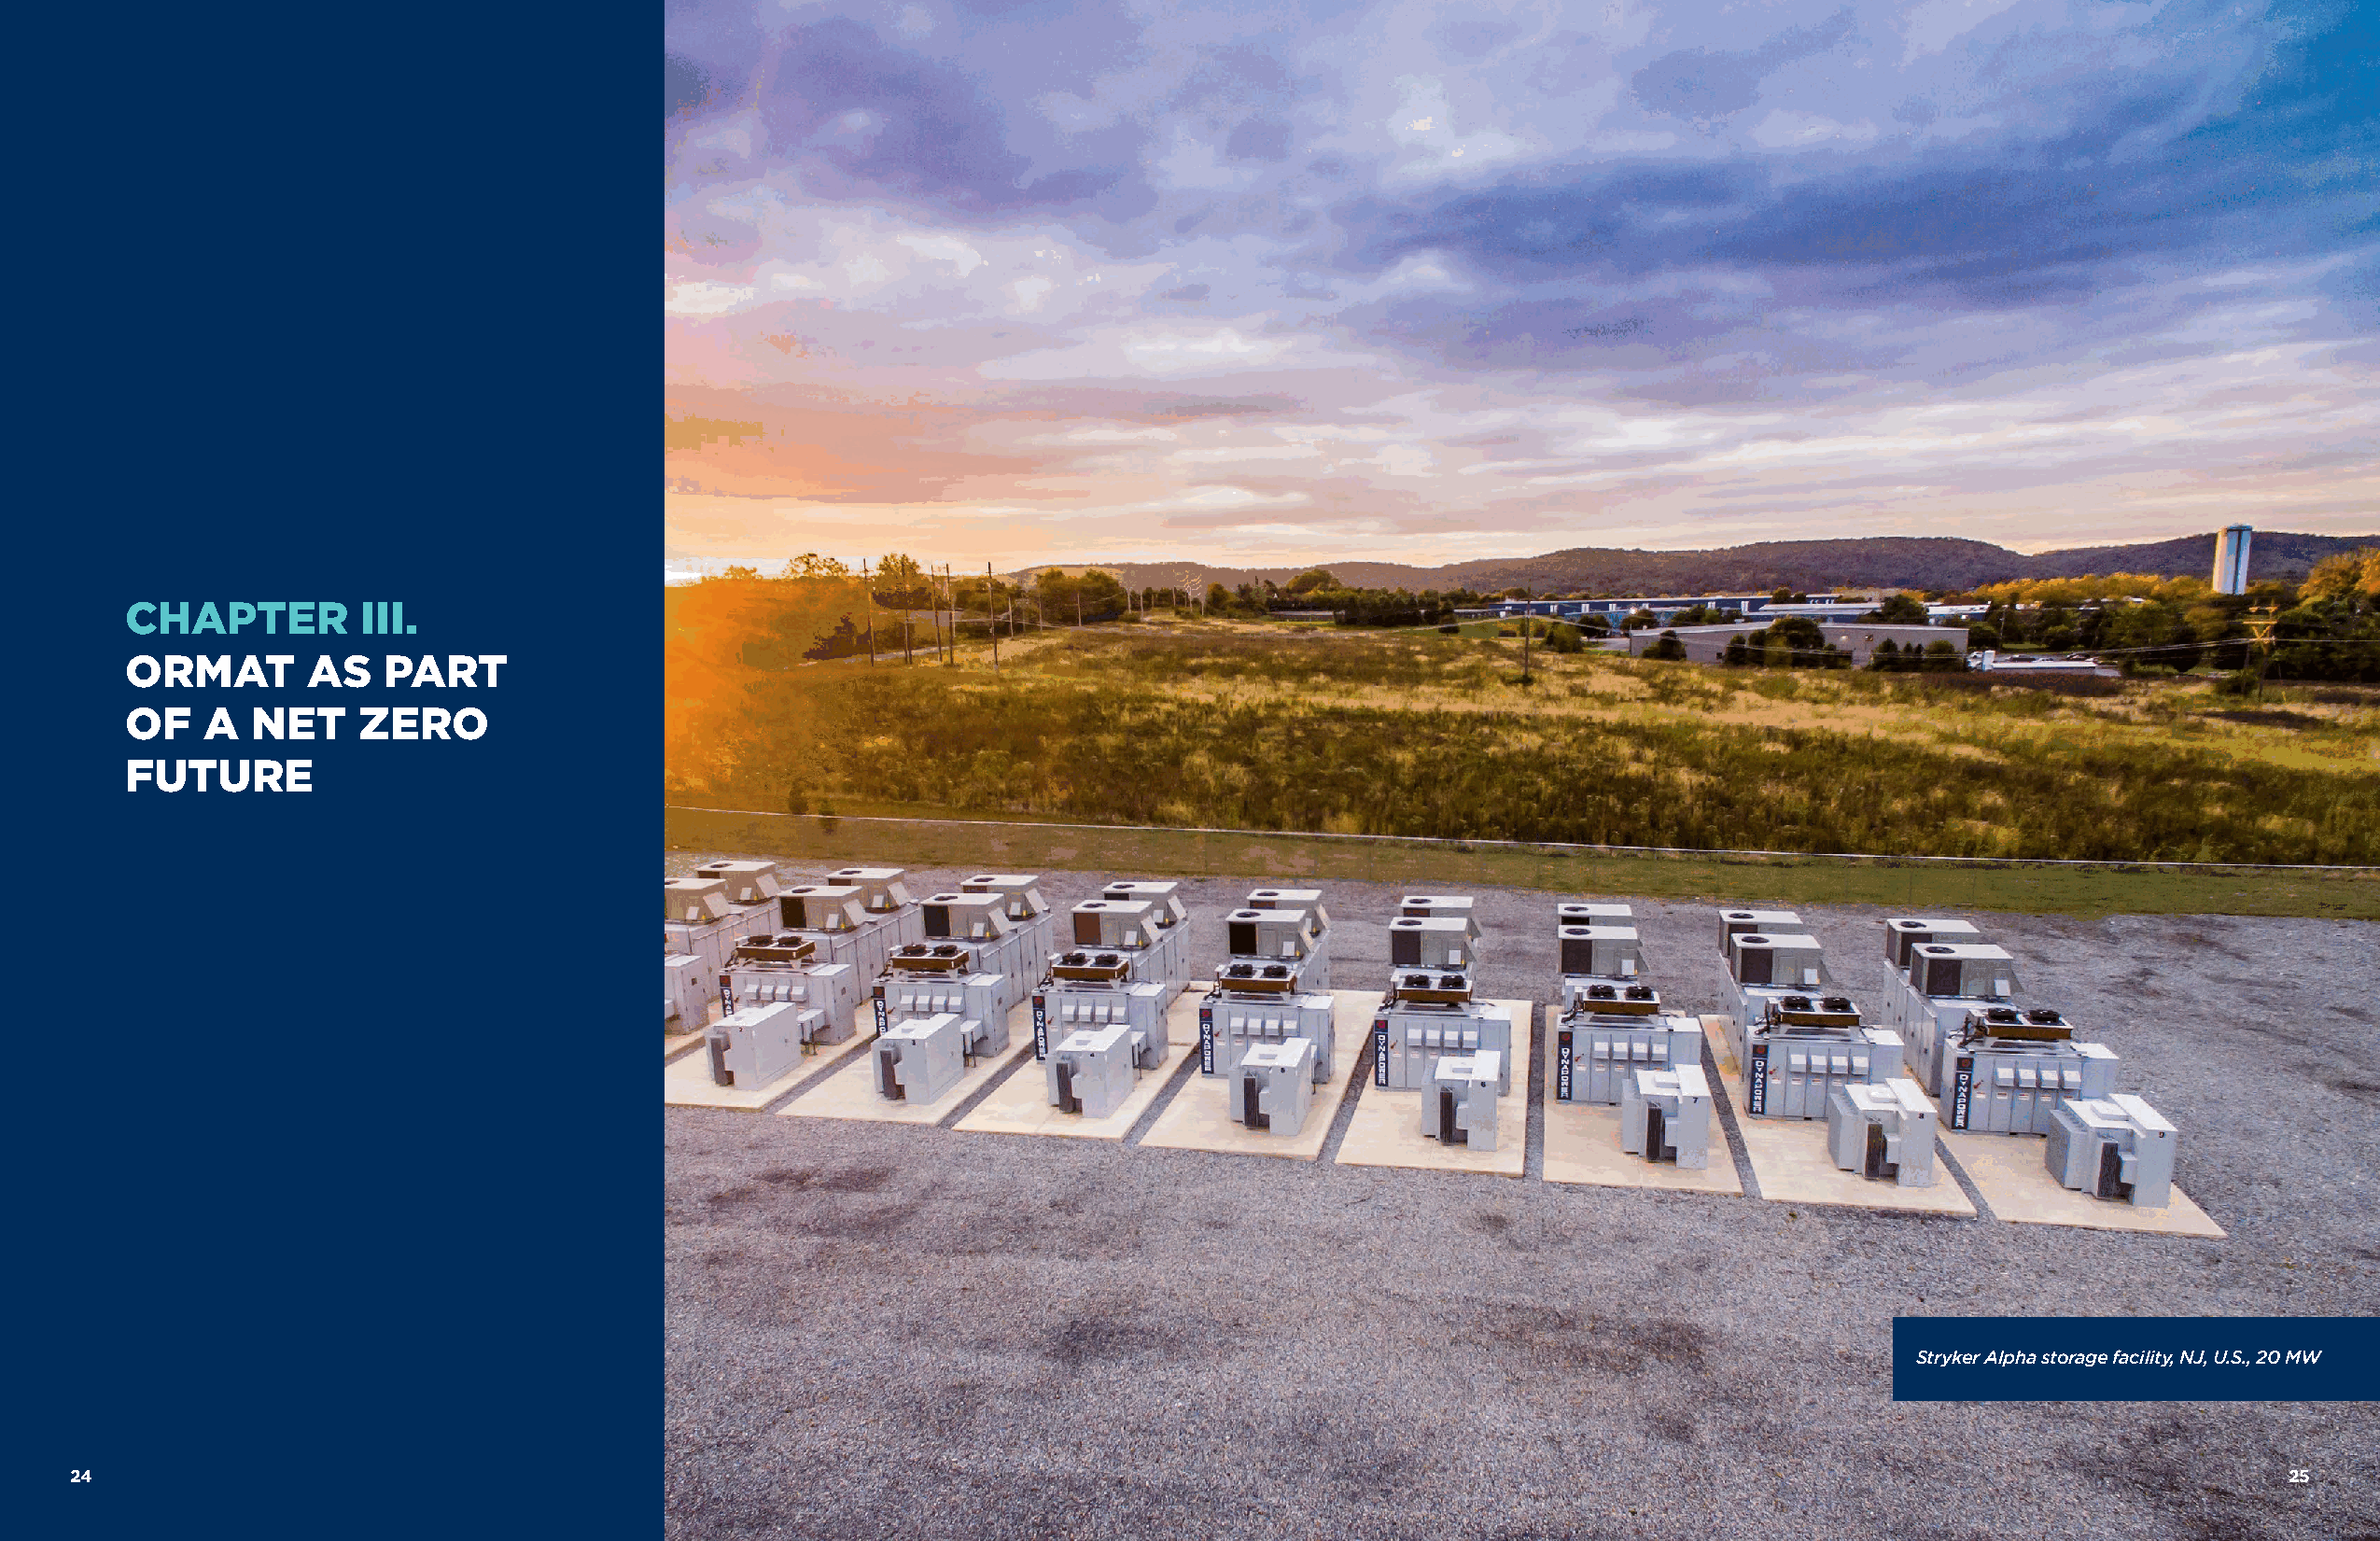
CHAPTER          III.
 ORMAT        AS   PART
 OF   A   NET    ZERO
 FUTURE
 Stryker Alpha storage facility, NJ, U.S., 20 MW
 2244                                                                                                                                                         2255